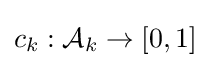
c_{k}:{\mathcal {A}}_{k}\rightarrow \left[0,1\right]